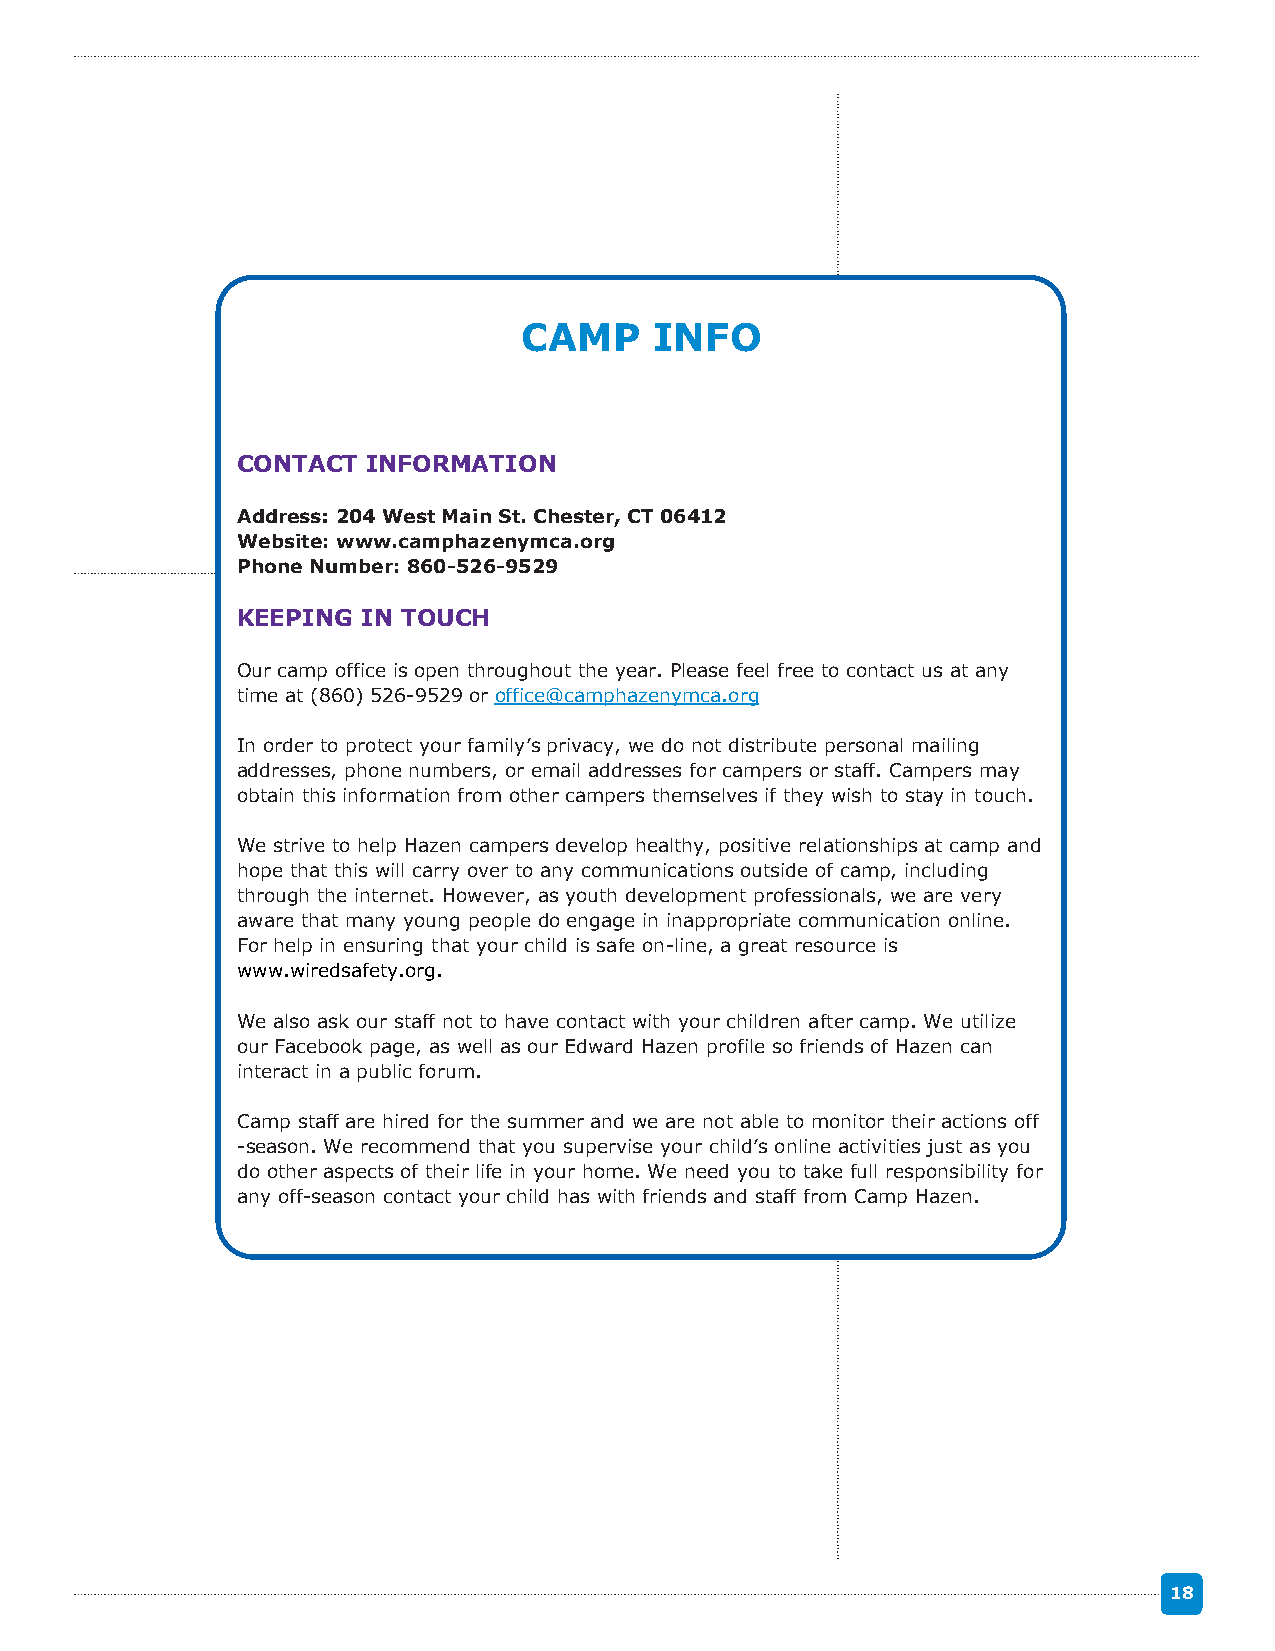
CAMP     INFO
 CONTACT INFORMATION
 Address: 204 West Main St. Chester, CT 06412
 Website: www.camphazenymca.org
 Phone Number: 860-526-9529
 KEEPING IN TOUCH
 Our camp office is open throughout the year. Please feel free to contact us at any
 time at (860) 526-9529 or office@camphazenymca.org
 In order to protect your family’s privacy, we do not distribute personal mailing
 addresses, phone numbers, or email addresses for campers or staff. Campers may
 obtain this information from other campers themselves if they wish to stay in touch.
 We strive to help Hazen campers develop healthy, positive relationships at camp and
 hope that this will carry over to any communications outside of camp, including
 through the internet. However, as youth development professionals, we are very
 aware that many young people do engage in inappropriate communication online.
 For help in ensuring that your child is safe on-line, a great resource is
 www.wiredsafety.org.
 We also ask our staff not to have contact with your children after camp. We utilize
 our Facebook page, as well as our Edward Hazen profile so friends of Hazen can
 interact in a public forum.
 Camp staff are hired for the summer and we are not able to monitor their actions off
 -season. We recommend that you supervise your child’s online activities just as you
 do other aspects of their life in your home. We need you to take full responsibility for
 any off-season contact your child has with friends and staff from Camp Hazen.
 18